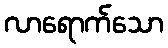
လာရောက်သော